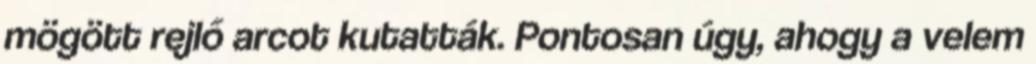
mögött rejlő arcot kutatták. Pontosan úgy, ahogy a velem